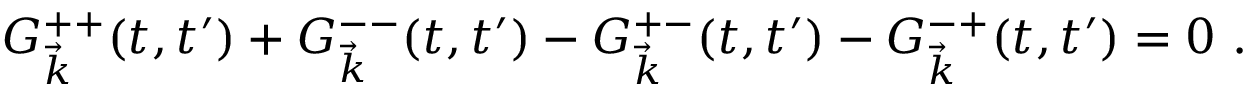
G _ { \vec { k } } ^ { + + } ( t , t ^ { \prime } ) + G _ { \vec { k } } ^ { -- } ( t , t ^ { \prime } ) - G _ { \vec { k } } ^ { + - } ( t , t ^ { \prime } ) - G _ { \vec { k } } ^ { - + } ( t , t ^ { \prime } ) = 0 ~ .